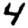
Digit: 4